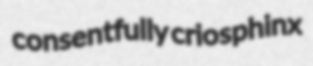
consentfully criosphinx